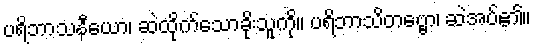
ပရိဘာသနီယော၊ ဆဲထိုက်သောခိုးသူကို။ ပရိဘာသိတဗ္ဗော၊ ဆဲအပ်၏။